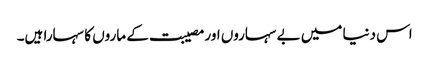
اس دنیا میں بے سہاروں اور مصیبت کے ماروں کا سہارا ہیں۔